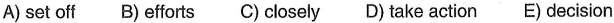
A) set off B) efforts C) closely D) take action E) decision